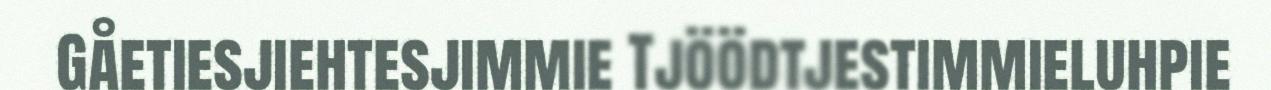
Gåetiesjiehtesjimmie Tjöödtjestimmieluhpie